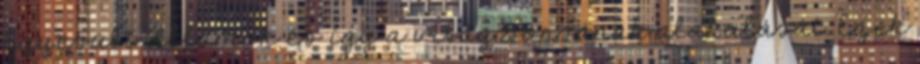
Egyesült Államok és így a világ sorsának alakulását. Ezek